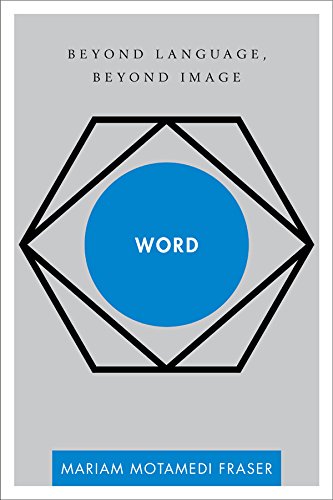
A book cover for Word: Beyond Language, Beyond Image (Disruptions); Mariam Motamedi Fraser; Reference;